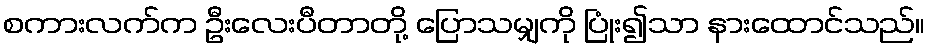
စကားလက်က ဦးလေးပီတာတို့ ပြောသမျှကို ပြုံး၍သာ နားထောင်သည်။